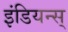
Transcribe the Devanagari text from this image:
इंडियन्स्